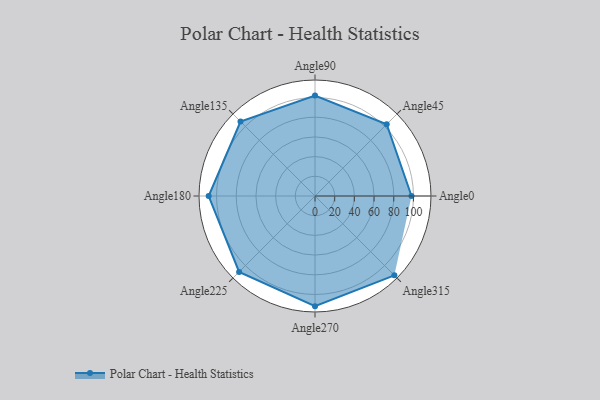
{"axis": {"x": "Angle", "y": "Radius"}, "legend": [""], "data": [{"x": "Angle0", "y": 98.0, "type": ""}, {"x": "Angle45", "y": 103.0, "type": ""}, {"x": "Angle90", "y": 102.0, "type": ""}, {"x": "Angle135", "y": 107.0, "type": ""}, {"x": "Angle180", "y": 108.0, "type": ""}, {"x": "Angle225", "y": 109.0, "type": ""}, {"x": "Angle270", "y": 112.0, "type": ""}, {"x": "Angle315", "y": 114.0, "type": ""}]}